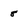
Character: 8